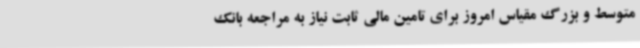
متوسط و بزرگ مقیاس امروز برای تامین مالی ثابت نیاز به مراجعه بانک